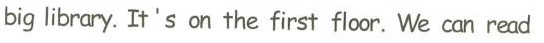
big library It's on the first floor We can read